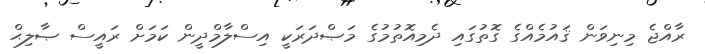
ރާއްޖެ މިނިވަން ޤައުމެއްގެ ގޮތުގައި ދެމިއޮތުމުގެ މަޞްދަރަކީ އިސްލާމްދީން ކަމަށް ރައީސް ޞާލިޙް